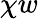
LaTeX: \chi w